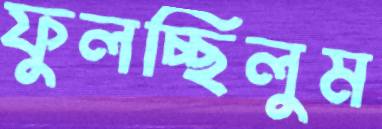
ফুলচ্ছিলুম